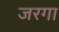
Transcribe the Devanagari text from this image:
जरगा